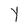
Character: Y